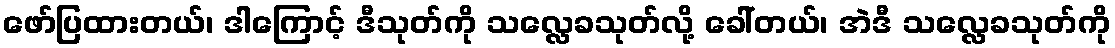
ဖော်ပြထားတယ်၊ ဒါကြောင့် ဒီသုတ်ကို သလ္လေခသုတ်လို့ ခေါ်တယ်၊ အဲဒီ သလ္လေခသုတ်ကို